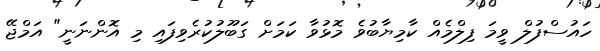
ހައުސްފުލް ވީމަ ފިލްމެއް ކާމިޔާބުވެ މޮޅުވާ ކަމަށް ގަބޫލުކުރެވިފައި މި އޮންނަނީ" އަމްޖޭ